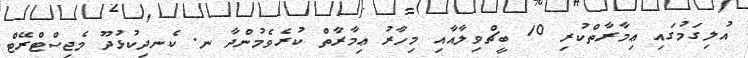
އުލިގަމުގައި ޢިމާރާތްކުރި 10 ބީޗްވިލާއާއި މިހާރު ޢިމާރާތް ކުރެވެމުންދާ ނ. ކެނދިކުޅުދޫ މެޖިސްޓްރޭޓް